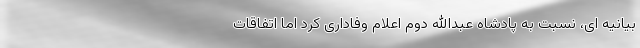
بیانیه ای، نسبت به پادشاه عبدالله دوم اعلام وفاداری کرد اما اتفاقات